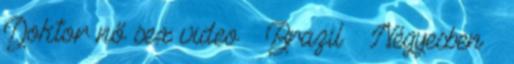
Doktor nő sex video ▪ Brazil ▪ Négyesben ▪